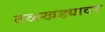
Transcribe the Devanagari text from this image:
तळखड्यावर